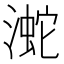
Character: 㵃